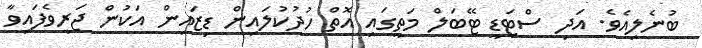
ބުނެލިއެވެ. އަދި ސްޓަޑީ ޓޭބަލް މަތީގައި އޮތް ހުދުކުލައިން ޑިޒައިން އަކުން ޖަރީވެފައިވާ